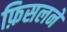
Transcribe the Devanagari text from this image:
फ़िसलने